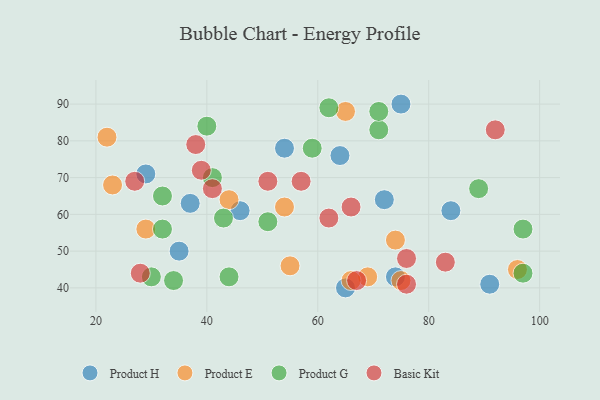
{"axis": {"x": "GDP", "y": "Life Expectancy"}, "legend": ["Basic Kit", "Product E", "Product G", "Product H"], "data": [{"x": "65", "y": 40, "type": "Product H"}, {"x": "37", "y": 63, "type": "Product H"}, {"x": "46", "y": 61, "type": "Product H"}, {"x": "64", "y": 76, "type": "Product H"}, {"x": "75", "y": 90, "type": "Product H"}, {"x": "29", "y": 71, "type": "Product H"}, {"x": "84", "y": 61, "type": "Product H"}, {"x": "54", "y": 78, "type": "Product H"}, {"x": "74", "y": 43, "type": "Product H"}, {"x": "72", "y": 64, "type": "Product H"}, {"x": "91", "y": 41, "type": "Product H"}, {"x": "35", "y": 50, "type": "Product H"}, {"x": "44", "y": 64, "type": "Product E"}, {"x": "96", "y": 45, "type": "Product E"}, {"x": "55", "y": 46, "type": "Product E"}, {"x": "23", "y": 68, "type": "Product E"}, {"x": "22", "y": 81, "type": "Product E"}, {"x": "69", "y": 43, "type": "Product E"}, {"x": "75", "y": 42, "type": "Product E"}, {"x": "29", "y": 56, "type": "Product E"}, {"x": "74", "y": 53, "type": "Product E"}, {"x": "65", "y": 88, "type": "Product E"}, {"x": "66", "y": 42, "type": "Product E"}, {"x": "54", "y": 62, "type": "Product E"}, {"x": "51", "y": 58, "type": "Product G"}, {"x": "44", "y": 43, "type": "Product G"}, {"x": "34", "y": 42, "type": "Product G"}, {"x": "71", "y": 83, "type": "Product G"}, {"x": "41", "y": 70, "type": "Product G"}, {"x": "89", "y": 67, "type": "Product G"}, {"x": "62", "y": 89, "type": "Product G"}, {"x": "43", "y": 59, "type": "Product G"}, {"x": "59", "y": 78, "type": "Product G"}, {"x": "97", "y": 44, "type": "Product G"}, {"x": "40", "y": 84, "type": "Product G"}, {"x": "30", "y": 43, "type": "Product G"}, {"x": "32", "y": 65, "type": "Product G"}, {"x": "32", "y": 56, "type": "Product G"}, {"x": "97", "y": 56, "type": "Product G"}, {"x": "71", "y": 88, "type": "Product G"}, {"x": "41", "y": 67, "type": "Basic Kit"}, {"x": "39", "y": 72, "type": "Basic Kit"}, {"x": "66", "y": 62, "type": "Basic Kit"}, {"x": "76", "y": 41, "type": "Basic Kit"}, {"x": "92", "y": 83, "type": "Basic Kit"}, {"x": "38", "y": 79, "type": "Basic Kit"}, {"x": "67", "y": 42, "type": "Basic Kit"}, {"x": "83", "y": 47, "type": "Basic Kit"}, {"x": "51", "y": 69, "type": "Basic Kit"}, {"x": "27", "y": 69, "type": "Basic Kit"}, {"x": "57", "y": 69, "type": "Basic Kit"}, {"x": "76", "y": 48, "type": "Basic Kit"}, {"x": "28", "y": 44, "type": "Basic Kit"}, {"x": "62", "y": 59, "type": "Basic Kit"}]}